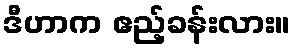
ဒီဟာက ဧည့်ခန်းလား။